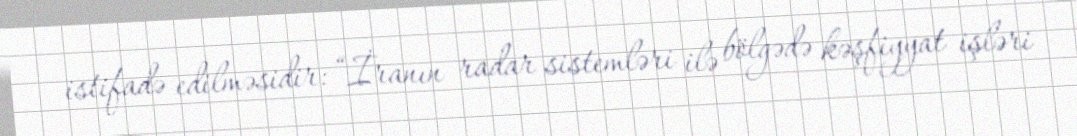
istifadə edilməsidir: “İranın radar sistemləri ilə bölgədə kəşfiyyat işləri